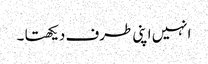
انہیں اپنی طرف دیکھتا ۔